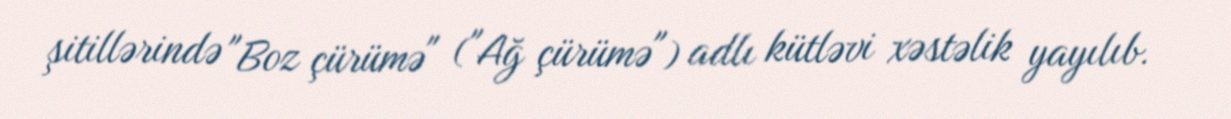
şitillərində "Boz çürümə" ("Ağ çürümə") adlı kütləvi xəstəlik yayılıb.